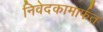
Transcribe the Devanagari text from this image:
निवेदकामार्फत